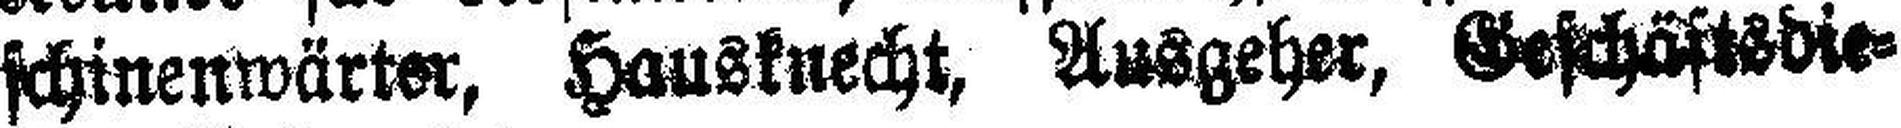
schinenwärter, Hausknecht, Ausgeher, Geschäftsdie¬